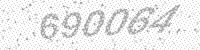
Solution: 690064